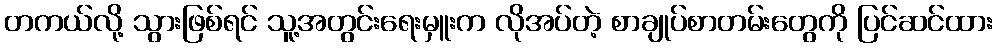
တကယ်လို့ သွားဖြစ်ရင် သူ့အတွင်းရေးမှူးက လိုအပ်တဲ့ စာချုပ်စာတမ်းတွေကို ပြင်ဆင်ထား